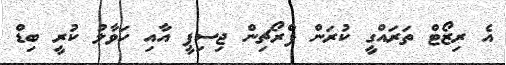
އެ ރިޒޯޓް ތަރައްގީ ކުރަން ފްރޯޗިން ޖިސިޕީ އާއި ހަވާލު ކުރީ ބިޑް